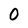
Character: 0